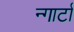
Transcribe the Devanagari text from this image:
न्गार्टा